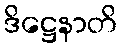
ဒိဋ္ဌေနာတိ